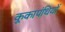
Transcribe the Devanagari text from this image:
कूकापंथियों